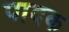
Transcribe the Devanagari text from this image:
पादक